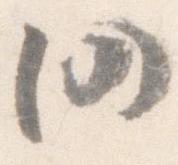
仍